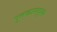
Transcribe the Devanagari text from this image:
पुतळासदृश्य